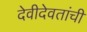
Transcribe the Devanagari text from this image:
देवीदेवतांची